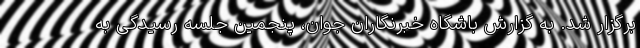
برگزار شد. به گزارش باشگاه خبرنگاران جوان، پنجمین جلسه رسیدگی به